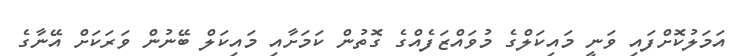
އަމަލުކޮށްފައި ވަނީ މައިކަލްގެ މުވައްޒަފެއްގެ ގޮތުން ކަމަށާއި މައިކަލް ބޭނުން ވަރަކަށް އޭނާގެ